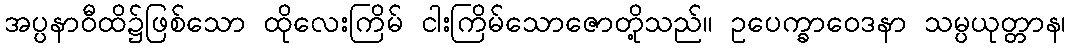
အပ္ပနာဝီထိ၌ဖြစ်သော ထိုလေးကြိမ် ငါးကြိမ်သောဇောတို့သည်။ ဥပေက္ခာဝေဒနာ သမ္ပယုတ္တာန၊